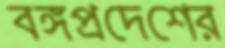
বঙ্গপ্রদেশের